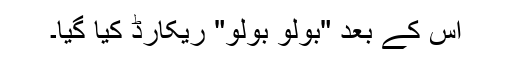
اس کے بعد "بولو بولو" ریکارڈ کیا گیا۔